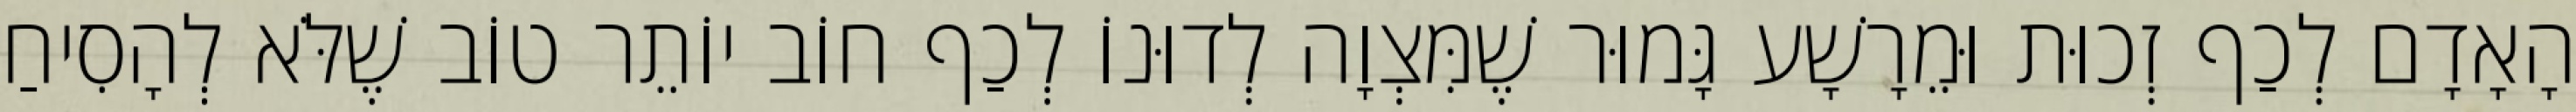
הָאָדָם לְכַף זְכוּת וּמֵרָשָׁע גָּמוּר שֶׁמִּצְוָה לְדוּנוֹ לְכַף חוֹב יוֹתֵר טוֹב שֶׁלֹּא לְהָסִיחַ